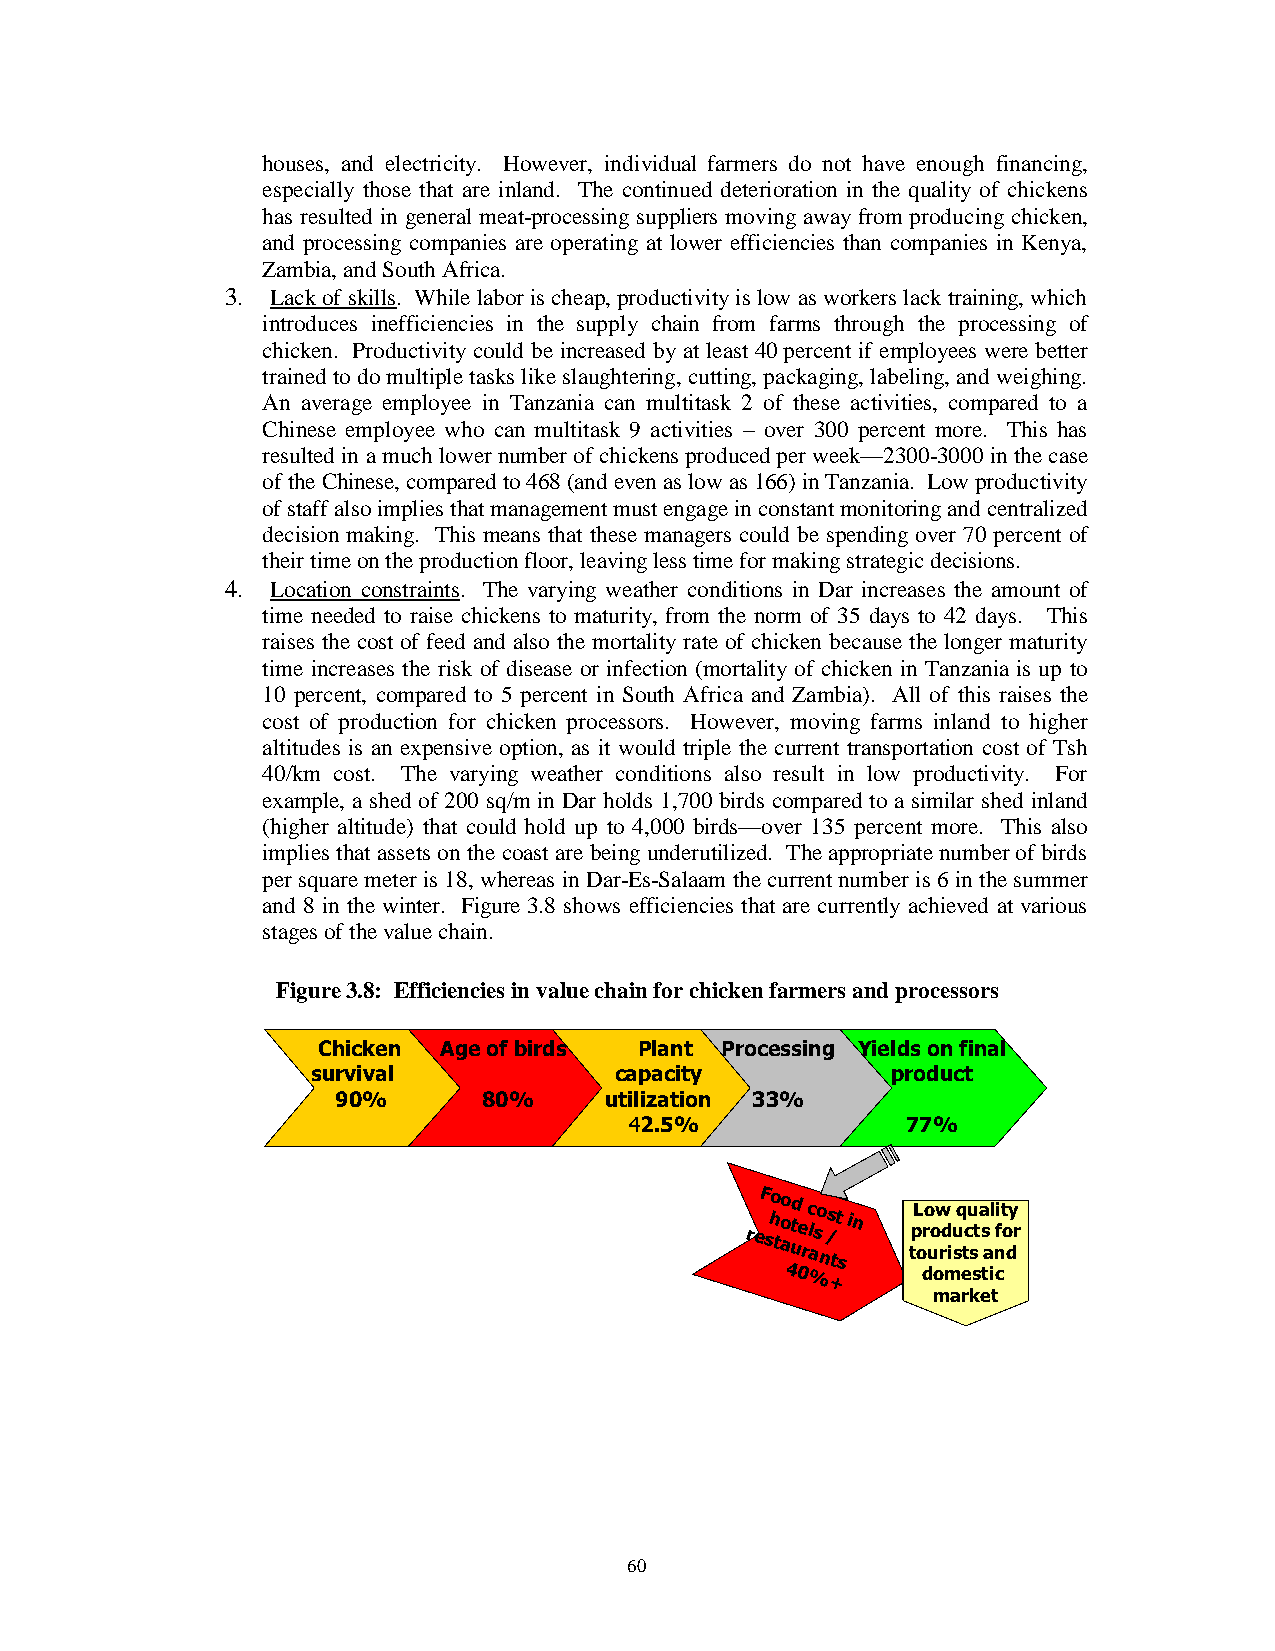
houses, and electricity. However, individual farmers do not have enough financing,
 especially those that are inland. The continued deterioration in the quality of chickens
 has resulted in general meat-processing suppliers moving away from producing chicken,
 and processing companies are operating at lower efficiencies than companies in Kenya,
 Zambia, and South Africa.
 3. Lack of skills. While labor is cheap, productivity is low as workers lack training, which
 introduces inefficiencies in the supply chain from farms through the processing of
 chicken. Productivity could be increased by at least 40 percent if employees were better
 trained to do multiple tasks like slaughtering, cutting, packaging, labeling, and weighing.
 An average employee in Tanzania can multitask 2 of these activities, compared to a
 Chinese employee who can multitask 9 activities – over 300 percent more. This has
 resulted in a much lower number of chickens produced per week—2300-3000 in the case
 of the Chinese, compared to 468 (and even as low as 166) in Tanzania. Low productivity
 of staff also implies that management must engage in constant monitoring and centralized
 decision making. This means that these managers could be spending over 70 percent of
 their time on the production floor, leaving less time for making strategic decisions.
 4. Location constraints. The varying weather conditions in Dar increases the amount of
 time needed to raise chickens to maturity, from the norm of 35 days to 42 days. This
 raises the cost of feed and also the mortality rate of chicken because the longer maturity
 time increases the risk of disease or infection (mortality of chicken in Tanzania is up to
 10 percent, compared to 5 percent in South Africa and Zambia). All of this raises the
 cost of production for chicken processors. However, moving farms inland to higher
 altitudes is an expensive option, as it would triple the current transportation cost of Tsh
 40/km cost. The varying weather conditions also result in low productivity. For
 example, a shed of 200 sq/m in Dar holds 1,700 birds compared to a similar shed inland
 (higher altitude) that could hold up to 4,000 birds—over 135 percent more. This also
 implies that assets on the coast are being underutilized. The appropriate number of birds
 per square meter is 18, whereas in Dar-Es-Salaam the current number is 6 in the summer
 and 8 in the winter. Figure 3.8 shows efficiencies that are currently achieved at various
 stages of the value chain.
 Figure 3.8: Efficiencies in value chain for chicken farmers and processors
 Chicken Age of birds Plant Processing Yields on final
 survival            capacity          product
 90%       80%     utilization 33%
 42.5%             77%
 reF sho to ao utd e
 r
 c l aso
 n
 /s tt
 s
 in  tpL oro uow rd
 i
 u sq tcu st a s al ni ft o dy r
 40       domestic
 %+
 market
 60